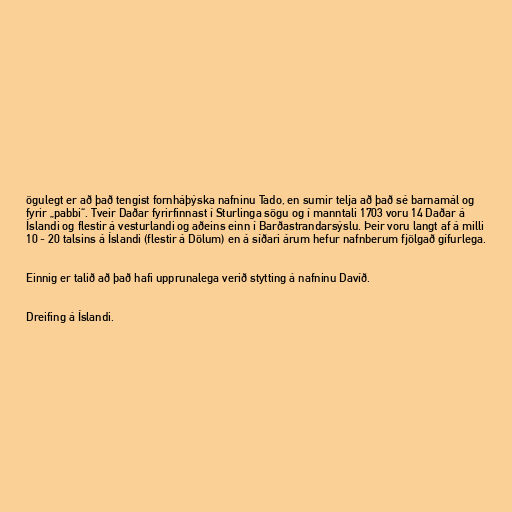
ögulegt er að það tengist fornháþýska nafninu Tado, en sumir telja að það sé barnamál og
fyrir „pabbi“. Tveir Daðar fyrirfinnast í Sturlinga sögu og í manntali 1703 voru 14 Daðar á
Íslandi og flestir á vesturlandi og aðeins einn í Barðastrandarsýslu. Þeir voru langt af á milli
10 - 20 talsins á Íslandi (flestir á Dölum) en á síðari árum hefur nafnberum fjölgað gífurlega.

Einnig er talið að það hafi upprunalega verið stytting á nafninu Davíð.

Dreifing á Íslandi.